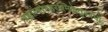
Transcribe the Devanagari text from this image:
ब्रह्माम्भोरुहरश्मिकेतुरनघो